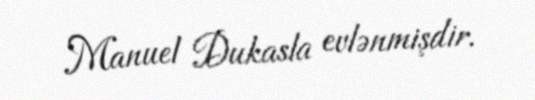
Manuel Dukasla evlənmişdir.